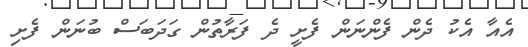
އެއާ އެކު ދެން ފެންނަން ފެށީ ދެ ފަރާތުން ގަދަބަސް ބުނަން ފެށި